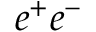
e ^ { + } e ^ { - }